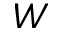
W